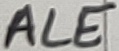
Text: ALE